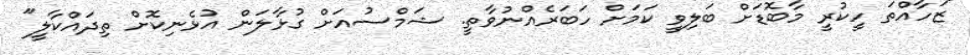
"ޒަހާއްތަ ހީކުރީ މާބޮޑަށް ބަލިވީ ކަމަށް ހަބަރެއްނުވާތީ. ޝަމްސުއަށް ގުޅާލަން އުޅެނިކޮށް ތިދައްކާލީ"